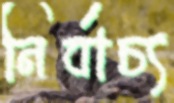
নির্বাচ্য